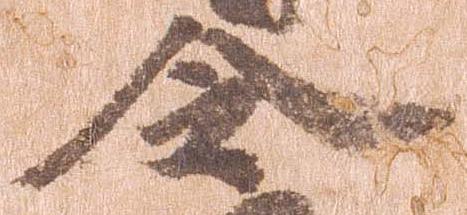
令